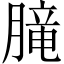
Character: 𪱨